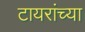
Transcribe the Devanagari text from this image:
टायरांच्या